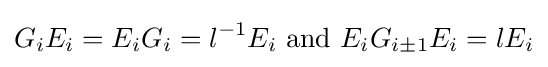
G_{i}E_{i}=E_{i}G_{i}=l^{-1}E_{i}{\text{ and }}E_{i}G_{i\pm 1}E_{i}=lE_{i}